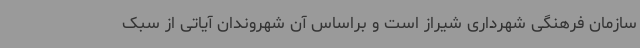
سازمان فرهنگی شهرداری شیراز است و براساس آن شهروندان آیاتی از سبک